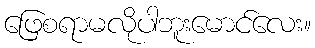
ဖြေစရာမလိုပါဘူးမောင်လေး။